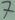
Text: 7